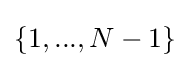
\left\{1,...,N-1\right\}